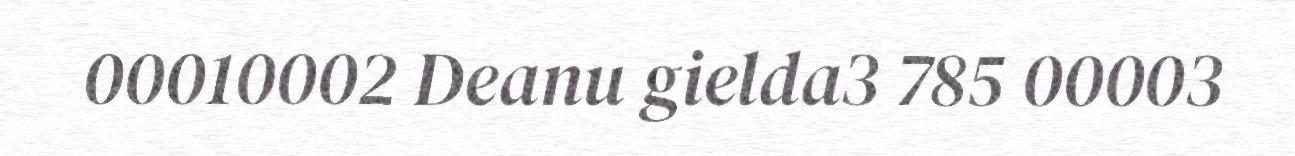
00010002 Deanu gielda3 785 00003